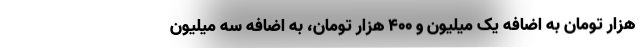
هزار تومان به اضافه یک میلیون و ۴۰۰ هزار تومان، به اضافه سه میلیون